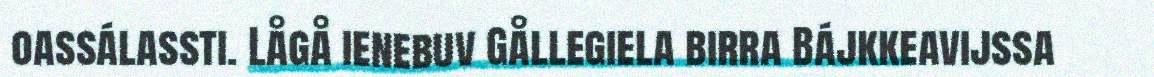
oassálassti. Lågå ienebuv Gållegiela birra Bájkkeavijssa